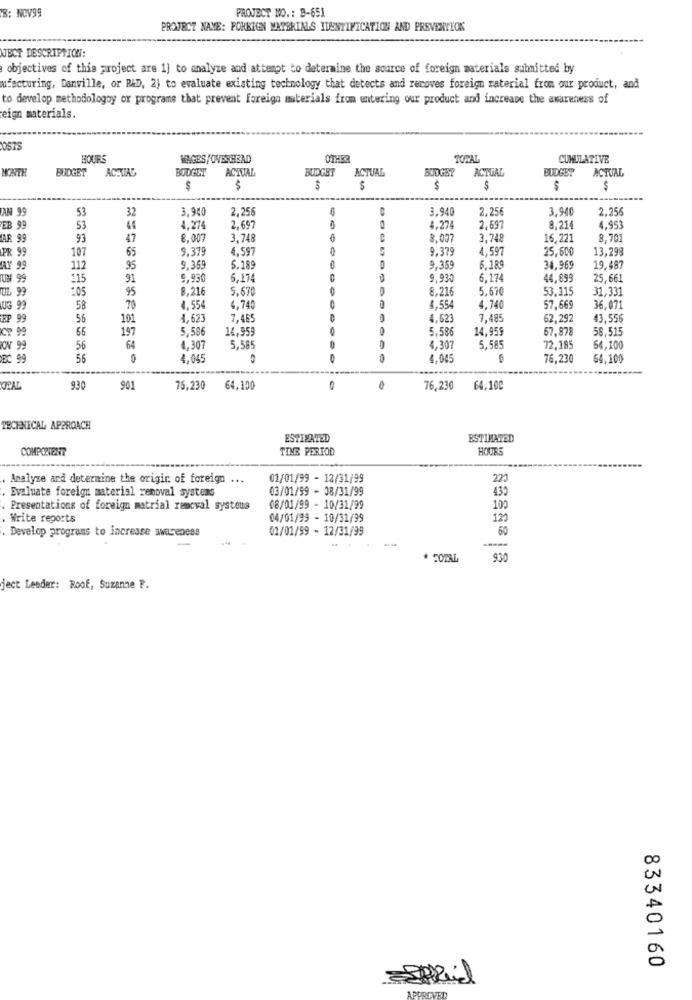
PROJECT NO .: B-651
B: NOV99
PROJECT NAME: FOREIGN MATERIALS IDENTIFICATION AND PREVENTION
JECT DESCRIPTION:
objectives of this project are 1] to analyze and attempt to determine the source of foreign materials submitted by
ufacturing, Danville, or R&D, 2) to evaluate existing technology that detects and reroves foreign material from our product, and
to develop methodologoy or programs that prevent foreign materials from entering our product and increase the awareness of
eign materials.
OSTS
HOURS
WAGES/OVERHEAD
OTHER
TORAL
CUMULATIVE
MONTH
BUDGET
ACTUAL
BUDGET
ACTUAL
BUDGET
ACTUAL
BUDGET
ACTUAL
BUDGET
ACTUAL
$
$
$
$
$
$
IAN 99
53
32
3.940
2,256
3.940
2.25€
3.940
2.256
B 99
53
44
4,274
2.697
4.274
2.697
8,214
4.953
AR 99
93
47
8.007
3,748
8.007
3.748
16,221
8.70
PR 99
65
9.379
4,597
9.379
4,597
25,600
13,298
107
5.185
AY 99
112
95
9.359
9.359
6.189
34.969
19,487
# 99
115
91
9,930
6,174
9,930
6.174
44,699
25,661
TUL 99
105
95
8,216
5.670
D
8.216
5.670
53.119
31,331
UG 99
58
70
4.554
4.740
4.554
4.740
57.669
36,071
EP 99
56
101
1,623
7.465
4.62
7,485
62.292
43.556
66
197
5,586
14,959
5.586
14,955
67.878
58,515
OV 99
56
64
4,307
5,58
4,307
5,585
72,185
64,100
EC 99
56
4,04
4.045
76.230
64.100
OEAL
930
901
75,230
64,100
76,230
64,100
TECHNICAL APPROACH
ESTIMATED
ESTIMATED
COMPONENT
TIME PERIOD
HOURS
Analyze and determine the origin of foreign ...
01/01/99 - 12/31/99
223
03/01/99 - 08/31/99
430
Evaluate foreign material removal systems
Presentations of foreign matrial removal systeus
08/01/99 - 10/31/99
100
Write reports
04/01/99 - 10/31/99
120
. Develop programs to increase awareness
01/01/59 - 12/31/99
60
-----
* SOTAL
930
ject Leader: Roof, Suzanne F.
83340160
APPROVED